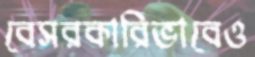
বেসরকারিভাবেও